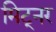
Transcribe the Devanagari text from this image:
मिट्नर